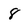
Character: 8